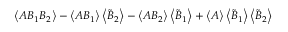
\left\langle A B _ { 1 } B _ { 2 } \right\rangle - \left\langle A B _ { 1 } \right\rangle \left\langle \tilde { B } _ { 2 } \right\rangle - \left\langle A B _ { 2 } \right\rangle \left\langle \tilde { B } _ { 1 } \right\rangle + \left\langle A \right\rangle \left\langle \tilde { B } _ { 1 } \right\rangle \left\langle \tilde { B } _ { 2 } \right\rangle